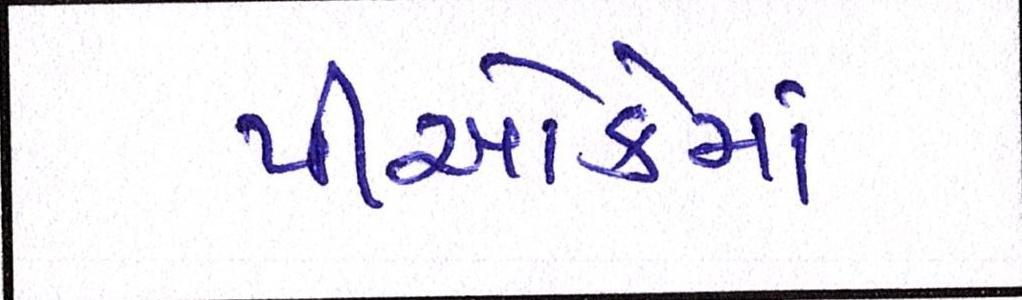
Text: પીઓકેમાં